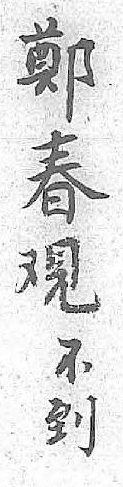
鄭不春到覌